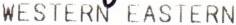
WESTERN EASTERN